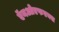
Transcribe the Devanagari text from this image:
ऍनओएफएक्स